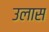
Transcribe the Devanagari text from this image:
उलास